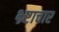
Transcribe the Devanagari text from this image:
भ्र्ष्टाचार